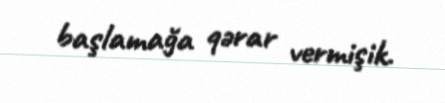
başlamağa qərar vermişik.